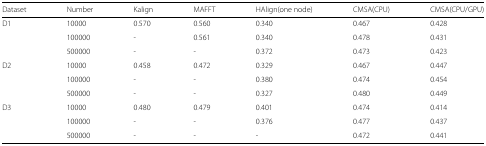
<table><thead><tr><td><b>Dataset</b></td><td><b>Number</b></td><td><b>Kalign</b></td><td><b>MAFFT</b></td><td><b>HAlign(one node)</b></td><td><b>CMSA(CPU)</b></td><td><b>CMSA(CPU/GPU)</b></td></tr></thead><tbody><tr><td>D1</td><td>10000</td><td>0.570</td><td>0.560</td><td>0.340</td><td>0.467</td><td>0.428</td></tr><tr><td></td><td>100000</td><td>-</td><td>0.561</td><td>0.340</td><td>0.478</td><td>0.431</td></tr><tr><td></td><td>500000</td><td>-</td><td>-</td><td>0.372</td><td>0.473</td><td>0.423</td></tr><tr><td>D2</td><td>10000</td><td>0.458</td><td>0.472</td><td>0.329</td><td>0.467</td><td>0.447</td></tr><tr><td></td><td>100000</td><td>-</td><td>-</td><td>0.380</td><td>0.474</td><td>0.454</td></tr><tr><td></td><td>500000</td><td>-</td><td>-</td><td>0.327</td><td>0.480</td><td>0.449</td></tr><tr><td>D3</td><td>10000</td><td>0.480</td><td>0.479</td><td>0.401</td><td>0.474</td><td>0.414</td></tr><tr><td></td><td>100000</td><td>-</td><td>-</td><td>0.376</td><td>0.477</td><td>0.437</td></tr><tr><td></td><td>500000</td><td>-</td><td>-</td><td>-</td><td>0.472</td><td>0.441</td></tr></tbody></table>